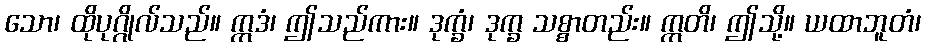
သော၊ ထိုပုဂ္ဂိုလ်သည်။ ဣဒံ၊ ဤသည်ကား။ ဒုက္ခံ၊ ဒုက္ခ သစ္စာတည်း။ ဣတိ၊ ဤသို့။ ယထာဘူတံ၊